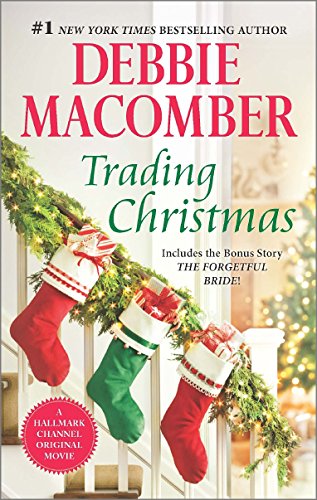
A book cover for Trading Christmas: The Forgetful Bride; Debbie Macomber; Romance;